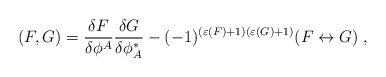
\begin{align*}(F,G)=\frac{\delta F}{\delta\phi^A} \frac{\delta G}{\delta \phi^*_A} -(-1)^{(\varepsilon(F)+1)(\varepsilon(G)+1)}(F\leftrightarrow G)\;,\end{align*}